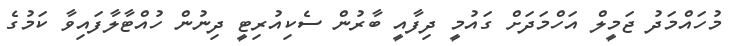
މުހައްމަދު ޖަމީލް އަހްމަދަށް ގައުމީ ދިފާއީ ބާރުން ސެކިއުރިޓީ ދިނުން ހުއްޓާލާފައިވާ ކަމުގެ